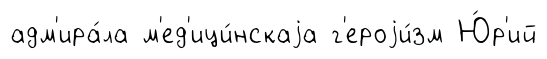
адм'ира́ла м'ед'ици́нскаjа г'ероjи́зм Ю́р'ий